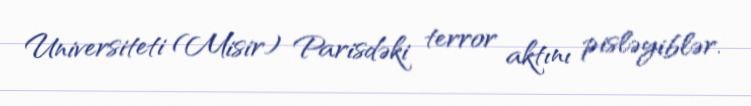
Universiteti (Misir) Parisdəki terror aktını pisləyiblər.